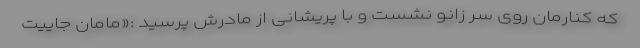
که کنارمان روی سر زانو نشست و با پریشانی از مادرش پرسید :«مامان جاییت